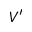
V ^ { \prime }